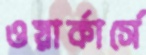
ওয়ার্কার্সে